Report of the Municipal Commissioner on the plague in Bombay for the year ending 31st May... - Volume 1
Disease focus: Plague
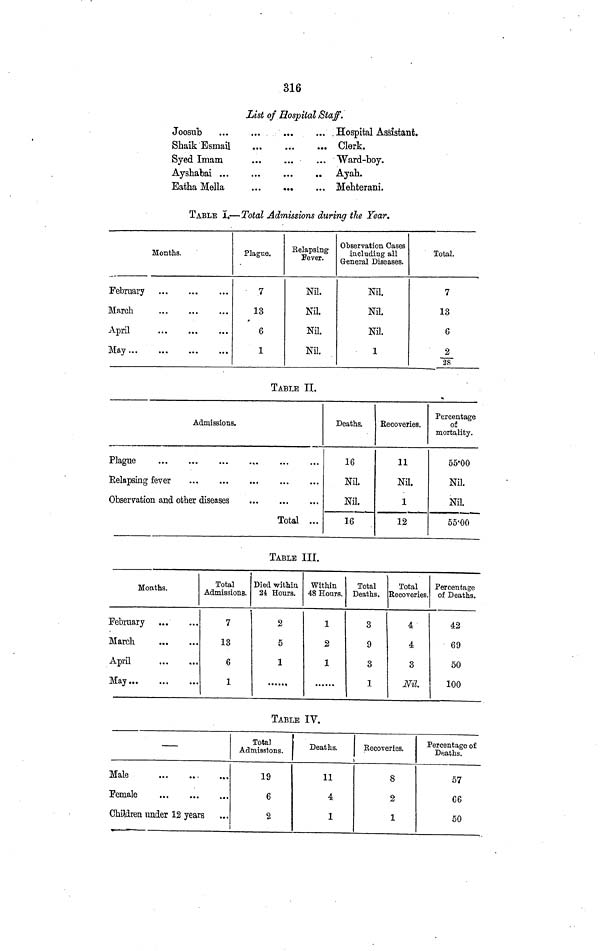
316
List of Hospital Staff.
Joosiib
Hospital Assistant.
Shaik Esmail
Clerk.
Syed
Imam
Ward-boy.
Ayshabai
Ayah.
EathaMella
Mehterani.
TABLE I.—Total Admissions during the Year.
Months.
February
March
April
May ...
...
...
...
Plague.
7
13
6
1
Relapsing
Fever.
Nil.
Nil.
Nil.
Nil.
Observation Cases
including all
General Diseases.
Nil.
Nil.
Nil.
1
Total.
7
13
6
2
28
TABLE II.
Admissions.
Plague
Relapsing fever
Observation and other diseases
...
...
Total
...
...
Deaths.
16
Nil.
Nil.
16
Recoveries.
11
Nil.
1
12
Percentage
of
mortality.
55-00
Nil.
Nil.
55.00
TABLE III.
Months.
February
March
April
May ...
...
...
...
...
...
...
...
...
Total
Admissions.
7
13
6
1
Died within
24 Hours.
2
5
1
Within
48 Hours.
1
2
1
Total
Deaths.
3
9
3
1
Total
Recoveries.
4
4
3
Nil.
Percentage
of Deaths.
42
69
50
100
TABLE IV.
—
Male
,
Female
Children under 12 years
...
...
...
Total
Admissions.
19
6
2
Deaths.
11
4
1
Recoveries.
8
2
1
Percentage of
Deaths.
57
C6
50